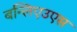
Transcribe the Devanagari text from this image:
बन्लिएउएस